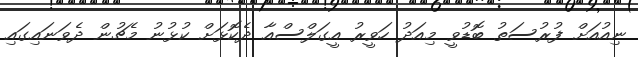
ނިއުއަށް ފުރުސަތު ބޮޑުވީ މިއަދު ހަވީރު އީގަލްސްއާ ދެކޮޅަށް ކުޅުނު މެޗުން ދެވަނައިގައި